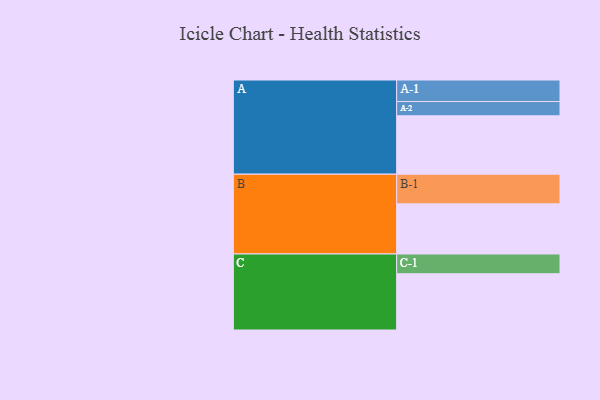
{"axis": {"x": "Segment", "y": "Value"}, "legend": ["", "A", "B", "C"], "data": [{"x": "A", "y": 466, "type": ""}, {"x": "B", "y": 400, "type": ""}, {"x": "C", "y": 449, "type": ""}, {"x": "A-1", "y": 172, "type": "A"}, {"x": "A-2", "y": 114, "type": "A"}, {"x": "B-1", "y": 237, "type": "B"}, {"x": "C-1", "y": 158, "type": "C"}]}